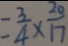
= \frac { 3 } { 4 } \times \frac { 2 0 } { 1 7 }